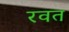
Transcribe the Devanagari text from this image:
रवत